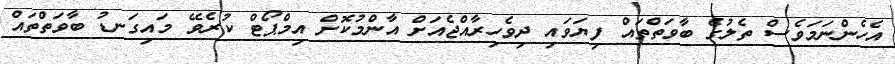
އެހެންނަމަވެސް ތެލުގެ ބާވަތްތައް ފިޔަވައި ދިވެހިރާއްޖެއަށް އާންމުކޮށް އިމްޕޯޓް ކުރެވޭ މައިގަނޑު ބާވަތްތައް